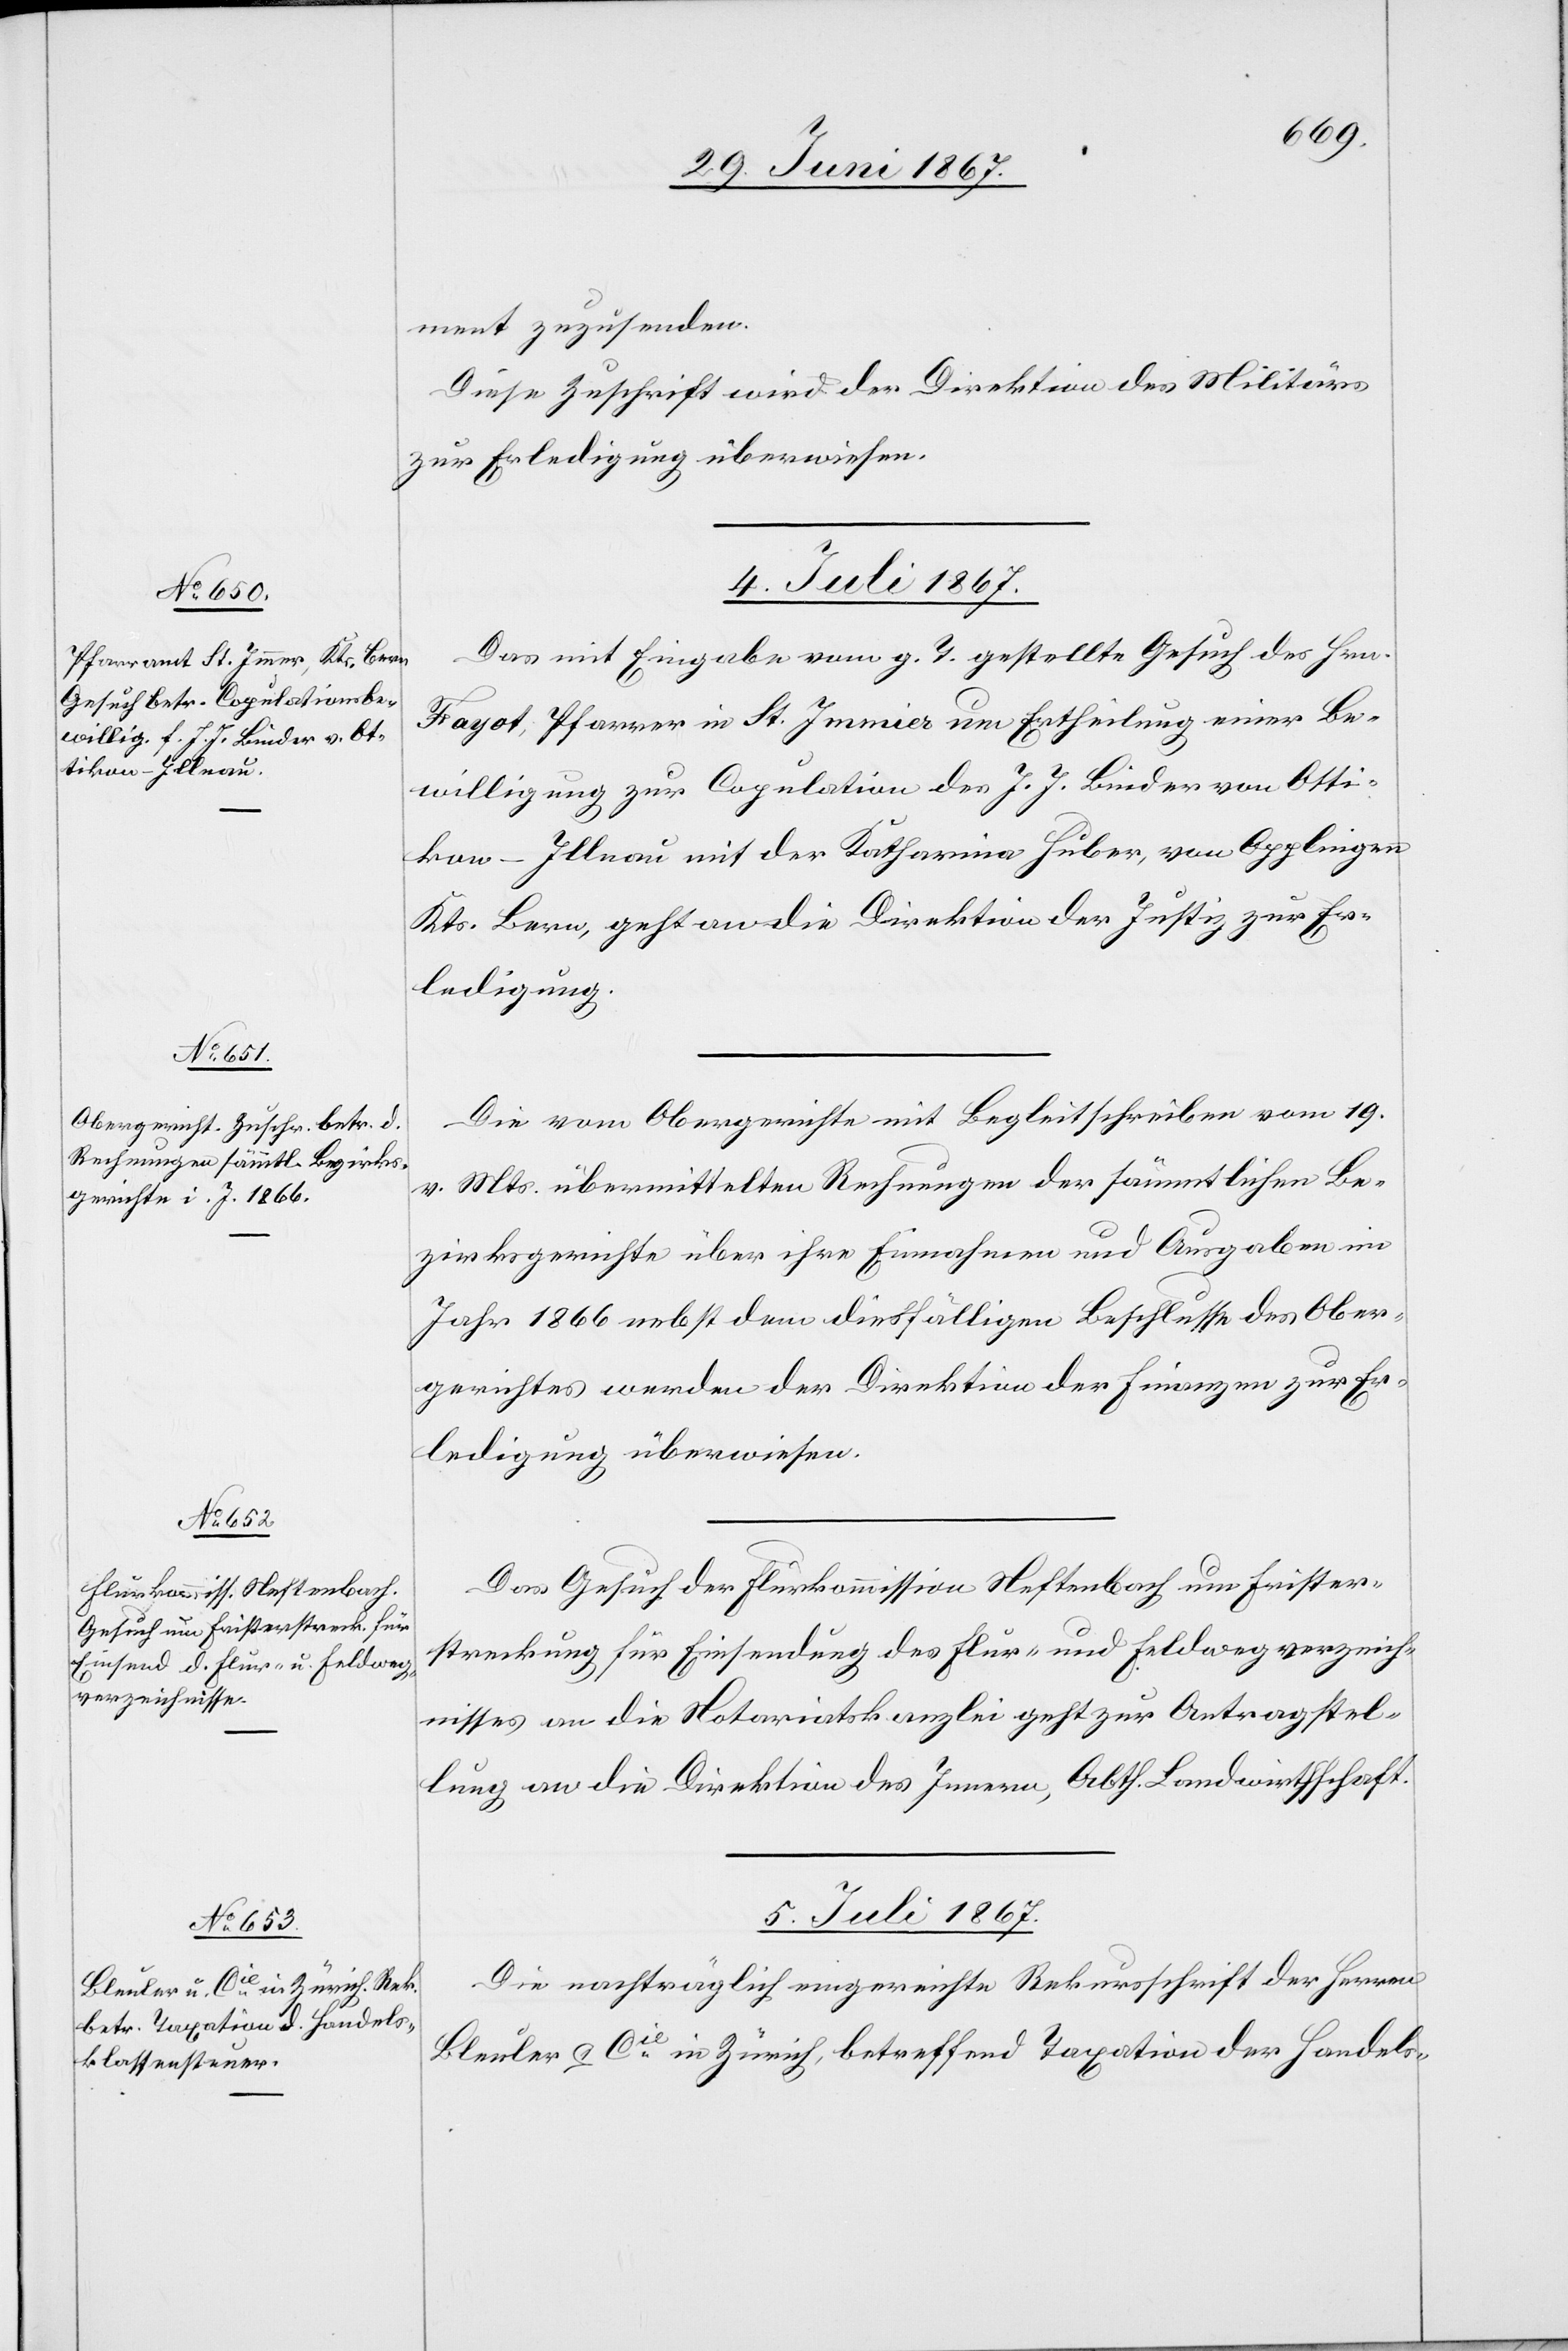
ment zuzusenden.
Diese Zuschrift wird der Direktion des Militärs
zur Erledigung überwiesen.
4. Juli 1867.]
Das mit Eingabe vom g. T. gestellte Gesuch des Hrn.
Fayot, Pfarrer in St. Immier um Ertheilung einer Be¬
willigung zur Copulation des J. J. Binder von Otti¬
kon-Illnau mit der Katharina Huber, von Applingen
Kts. Bern, geht an die Direktion der Justiz zur Er¬
ledigung.
Die vom Obergerichte mit Begleitschreiben vom 19.
v. Mts. übermittelten Rechnungen der sämmtlichen Be¬
zirksgerichte über ihre Einnahmen und Ausgaben im
Jahr 1866 nebst dem diesfälligen Beschlusse des Ober¬
gerichtes werden der Direktion der Finanzen zur Er¬
ledigung überwiesen.
Das Gesuch der Flurkommission Neftenbach um Frister¬
streckung für Einsendung des Flur- u. Feldwegverzeich¬
nisses an die Notariatskanzlei geht zur Antragstel¬
lung an die Direktion des Innern, Abth. Landwirthschaft.
5. Juli 1867.
Die nachträglich eingereichte Rekursschrift der Herren
Bleuler & Cie. in Zürich, betreffend Taxation der Handels-